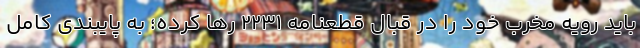
باید رویه مخرب خود را در قبال قطعنامه ۲۲۳۱ رها کرده؛ به پایبندی کامل